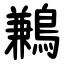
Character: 鶼